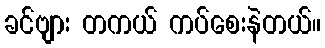
ခင်ဗျား တကယ် ကပ်စေးနဲတယ်။